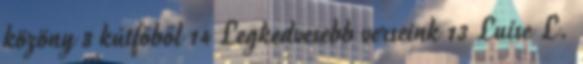
közöny 8 kútfőből 14 Legkedvesebb verseink 13 Luise L.